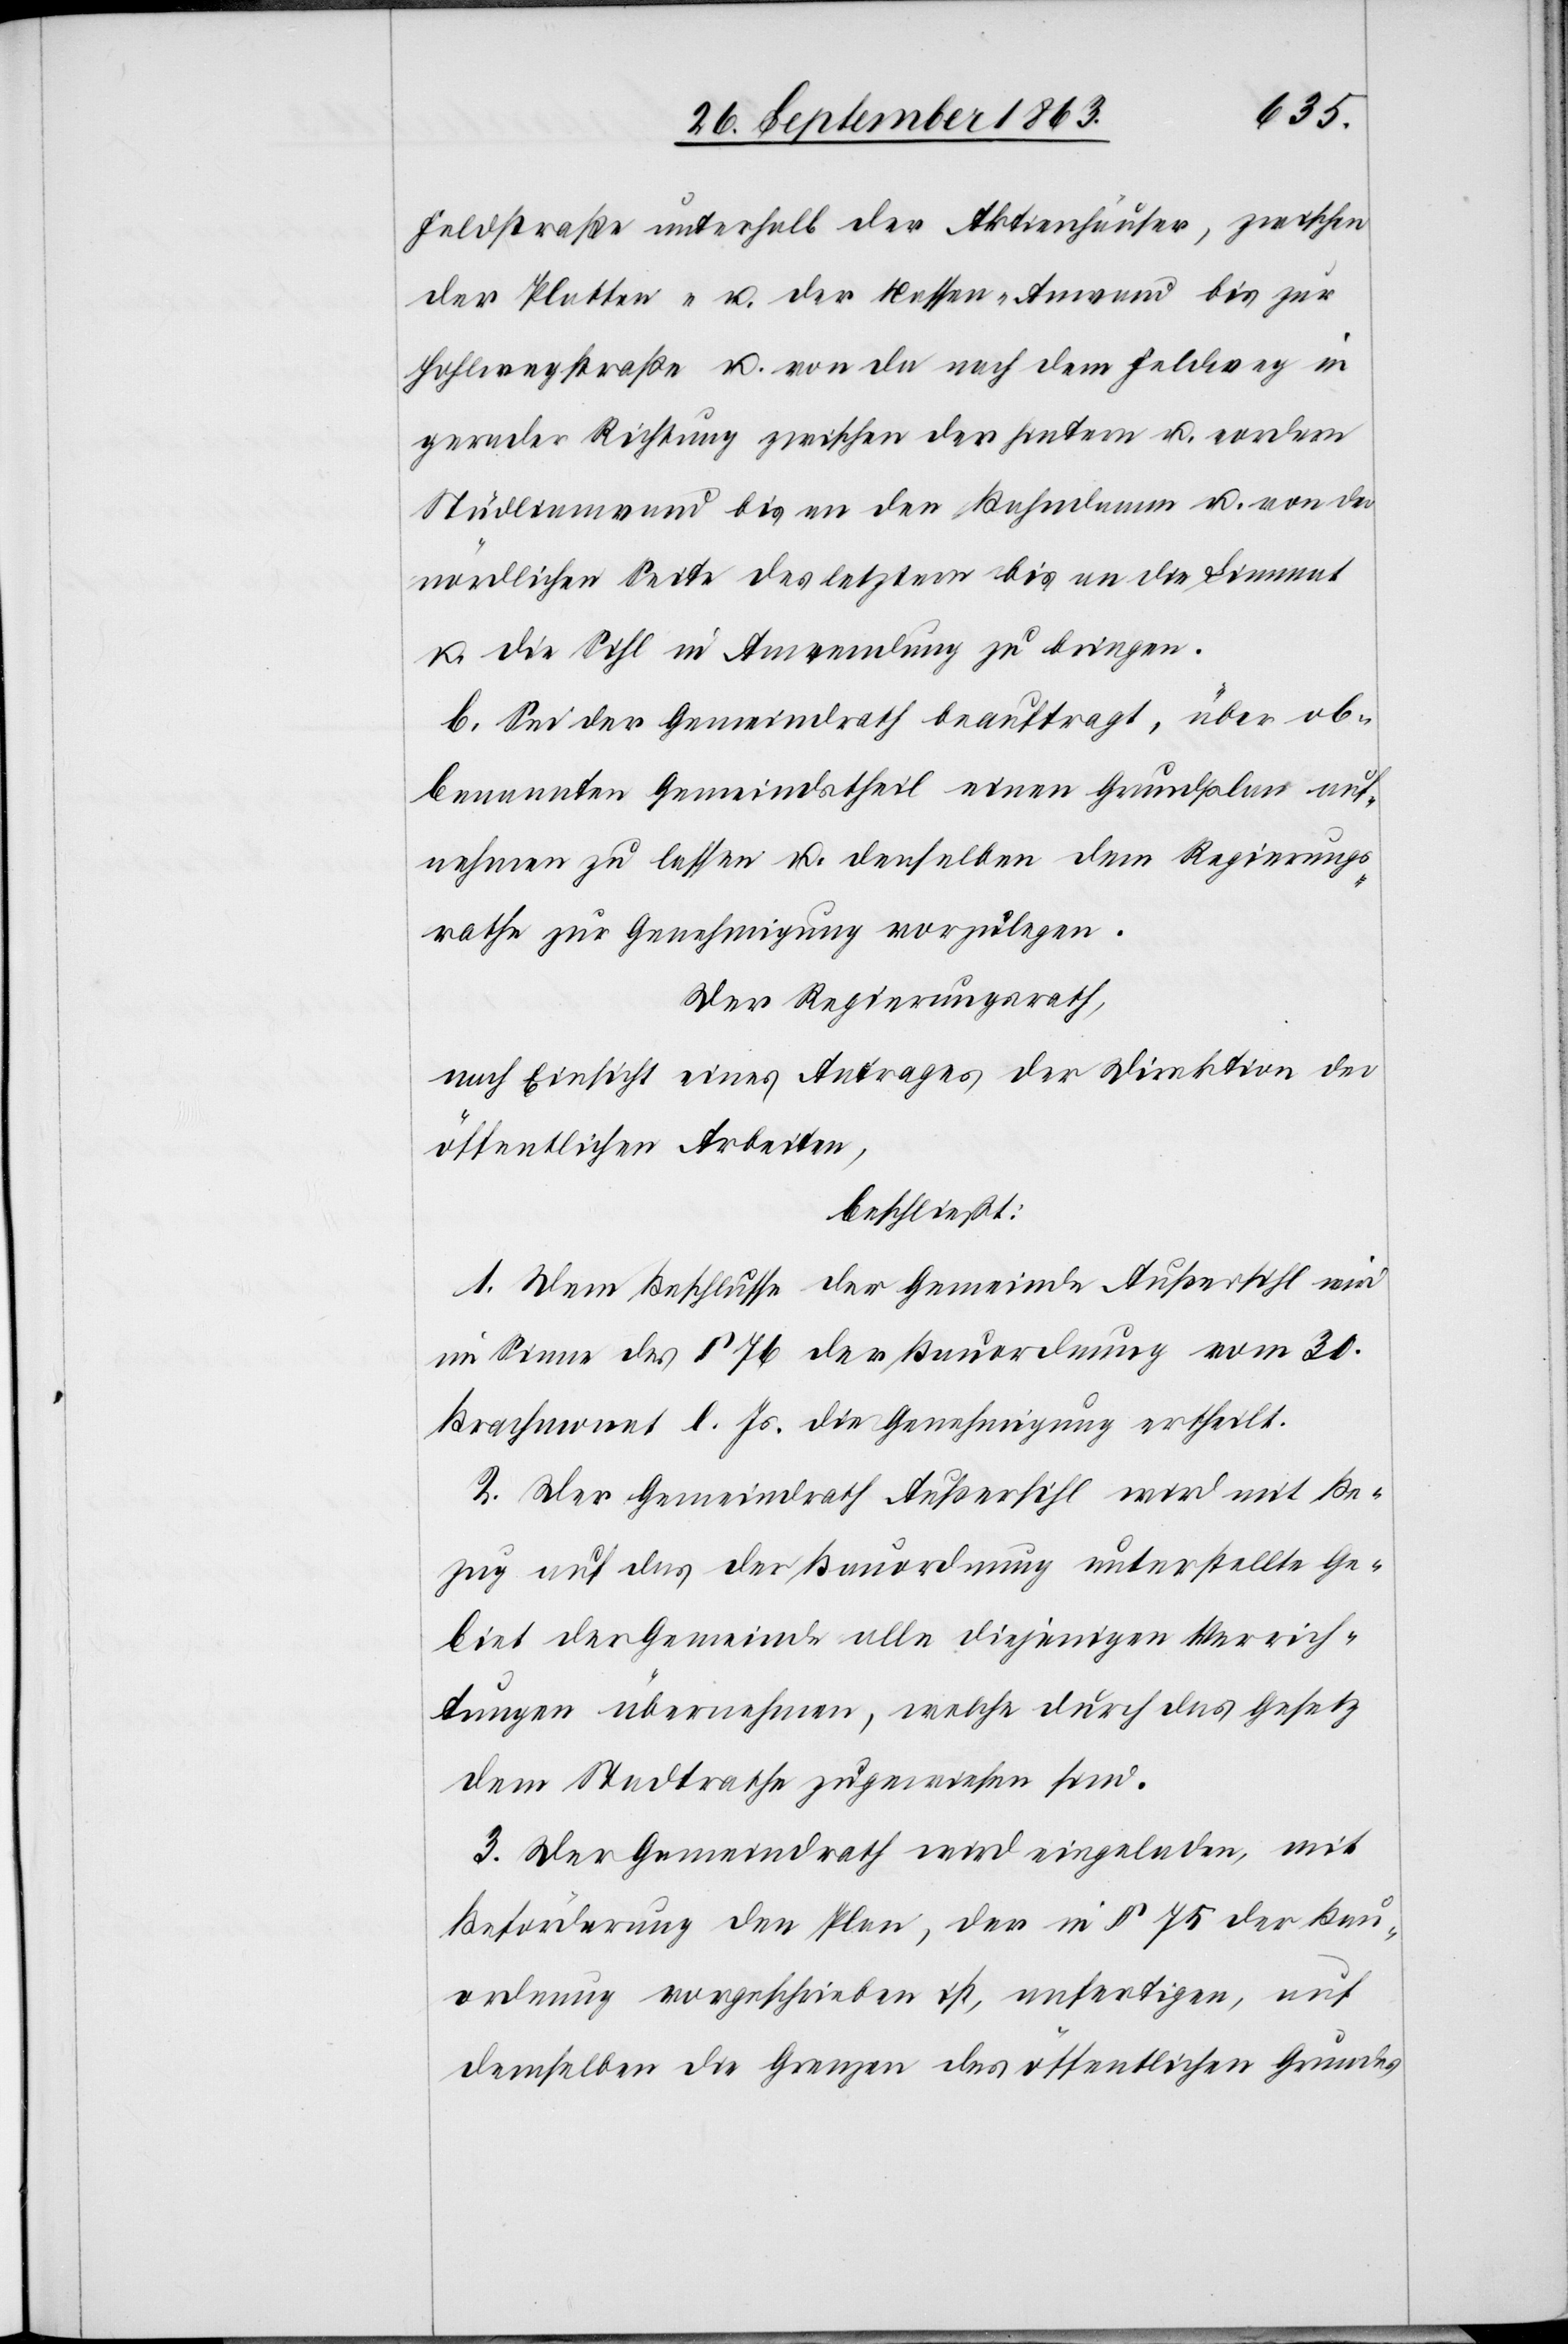
Feldstraße unterhalb der Aktienhäuser, zwischen
der Platten- u. der Nassen-Anwand bis zur
Hohlwegstraße u. von da nach dem Feldweg in
gerader Richtung zwischen der hintern u. vordern
Stüdlianwand bis an den Bahndamm u. von der
nördlichen Seite des letztern bis an die Limmat
u. die Sihl in Anwendung zu bringen.
b. Sei der Gemeindrath beauftragt, über ob¬
benannten Gemeindstheil einen Grundplan auf¬
nehmen zu lassen u. denselben dem Regierungs¬
rathe zur Genehmigung vorzulegen.
Der Regierungsrath,
nach Einsicht eines Antrages der Direktion der
öffentlichen Arbeiten,
beschließt:
1. Dem Beschlusse der Gemeinde Außersihl wird
im Sinne des § 76 der Bauordnung vom 30.
Brachmonat l. Js. die Genehmigung ertheilt.
2. Der Gemeindrath Außersihl wird mit Be¬
zug auf das der Bauordnung unterstellte Ge¬
biet der Gemeinde alle diejenigen Verrich¬
tungen übernehmen, welche durch das Gesetz
dem Stadtrathe zugewiesen sind.
3. Der Gemeindrath wird eingeladen, mit
Beförderung den Plan, der in § 75 der Bau¬
ordnung vorgeschrieben ist, anfertigen, auf
demselben die Grenzen des öffentlichen Grundes